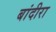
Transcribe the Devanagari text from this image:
बांदीरा